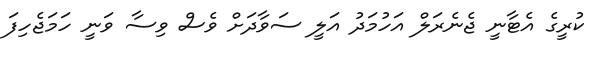
ކުރީގެ އެޓާނީ ޖެނެރަލް އަހުމަދު އަލީ ސަވާދަށް ވެސް ވިސާ ވަނީ ހަމަޖެހިފަ